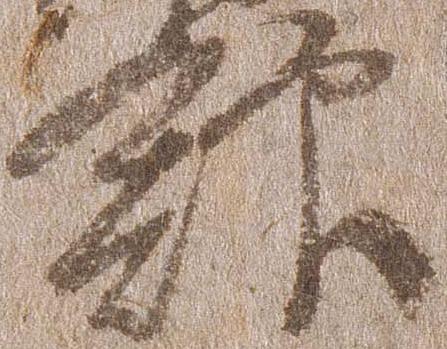
館